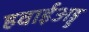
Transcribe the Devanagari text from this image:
हवाईअड्ड